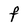
Character: F